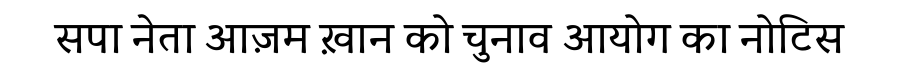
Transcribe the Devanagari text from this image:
सपा नेता आज़म ख़ान को चुनाव आयोग का नोटिस